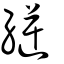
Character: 縌